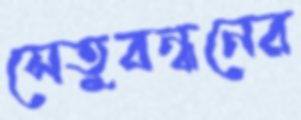
সেতুবন্ধনের